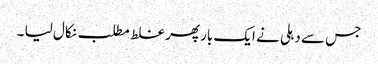
جس سے دہلی نے ایک بار پھر غلط مطلب نکال لیا ۔